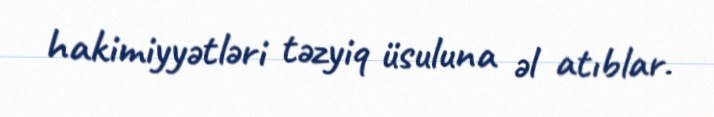
hakimiyyətləri təzyiq üsuluna əl atıblar.